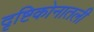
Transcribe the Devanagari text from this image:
दृष्टिकोनातली